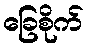
ခြေစိုက်